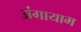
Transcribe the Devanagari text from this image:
अंगायाम